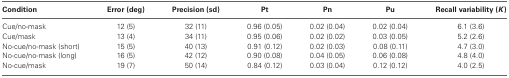
<table><thead><tr><td><b>Condition</b></td><td><b>Error (deg)</b></td><td><b>Precision (sd)</b></td><td><b>Pt</b></td><td><b>Pn</b></td><td><b>Pu</b></td><td><b>Recall variability (<i>K</i>)</b></td></tr></thead><tbody><tr><td>Cue/no-mask</td><td>12 (5)</td><td>32 (11)</td><td>0.96 (0.05)</td><td>0.02 (0.04)</td><td>0.02 (0.04)</td><td>6.1 (3.6)</td></tr><tr><td>Cue/mask</td><td>13 (4)</td><td>34 (11)</td><td>0.95 (0.06)</td><td>0.02 (0.02)</td><td>0.03 (0.05)</td><td>5.2 (2.6)</td></tr><tr><td>No-cue/no-mask (short)</td><td>15 (5)</td><td>40 (13)</td><td>0.91 (0.12)</td><td>0.02 (0.03)</td><td>0.08 (0.11)</td><td>4.7 (3.0)</td></tr><tr><td>No-cue/no-mask (long)</td><td>16 (5)</td><td>42 (12)</td><td>0.90 (0.08)</td><td>0.04 (0.05)</td><td>0.06 (0.08)</td><td>4.8 (4.0)</td></tr><tr><td>No-cue/mask</td><td>19 (7)</td><td>50 (14)</td><td>0.84 (0.12)</td><td>0.03 (0.04)</td><td>0.12 (0.12)</td><td>4.0 (2.5)</td></tr></tbody></table>